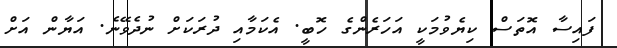
ފައިސާ އޮތަސް ކިޔެވުމަކީ އަހަރެންގެ ހޮބީ. އެކަމާއި ދުރަކަށް ނުދެވޭނެ. އަޔާން އަށް